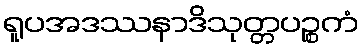
ရူပအဒဿနာဒိသုတ္တပဉ္စကံ